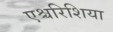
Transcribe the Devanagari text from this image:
एश्चरिशिया